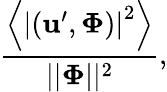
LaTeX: \frac{\left<\left|(\mathbf{u}^{\prime},\boldsymbol{\Phi})\right|^{2}\right>}{||\boldsymbol{\Phi}||^{2}},